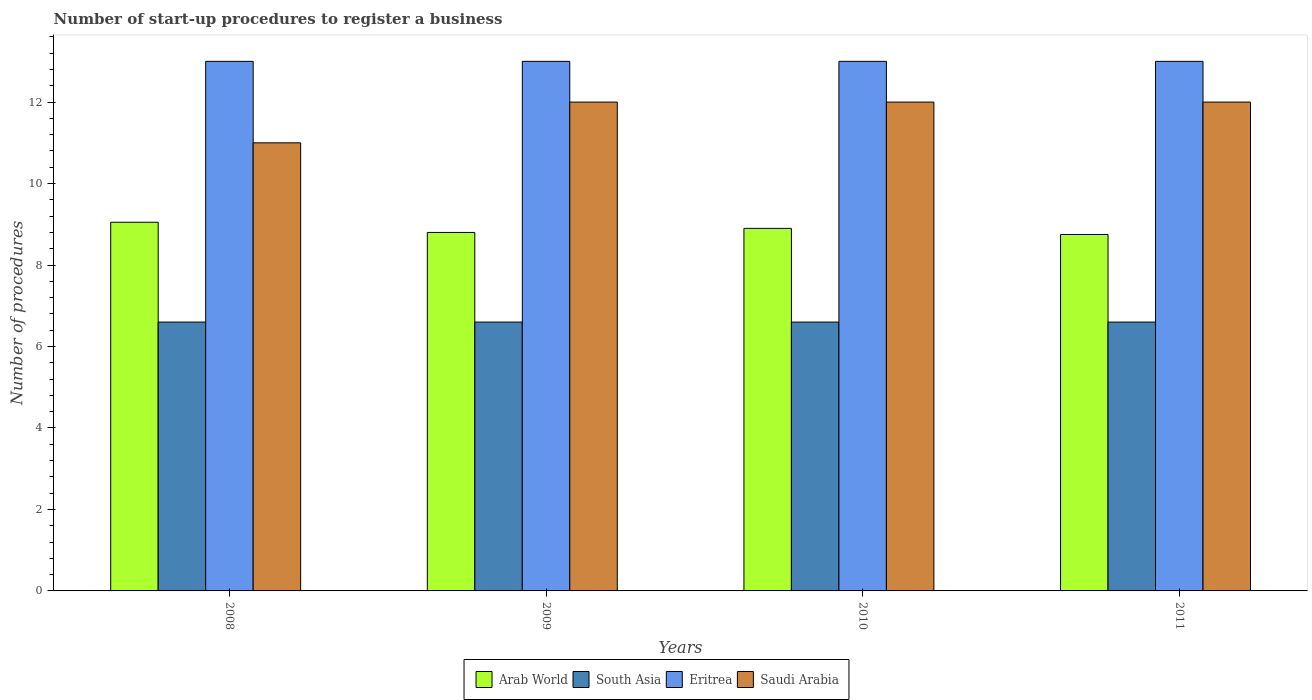
| Years | Arab World | South Asia | Eritrea | Saudi Arabia |
 | --- | --- | --- | --- | --- |
 | 2008 | 9.05 | 6.6 | 13 | 11 |
 | 2009 | 8.8 | 6.6 | 13 | 12 |
 | 2010 | 8.9 | 6.6 | 13 | 12 |
 | 2011 | 8.75 | 6.6 | 13 | 12 |